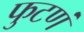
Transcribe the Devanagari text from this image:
फुटणं